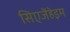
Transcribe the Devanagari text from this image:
सिएजेंहेइम